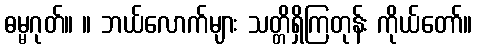
ဓမ္မဂုတ်။ ။ ဘယ်လောက်များ သတ္တိရှိကြတုန်း ကိုယ်တော်။